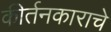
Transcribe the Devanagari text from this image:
कीर्तनकाराचे